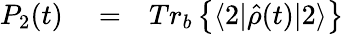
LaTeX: \begin{array}{rlr}{P_{2}(t)}&{{}=}&{Tr_{b}\left\{ \langle 2|\hat{\rho}(t)|2\rangle\right\} }\end{array}